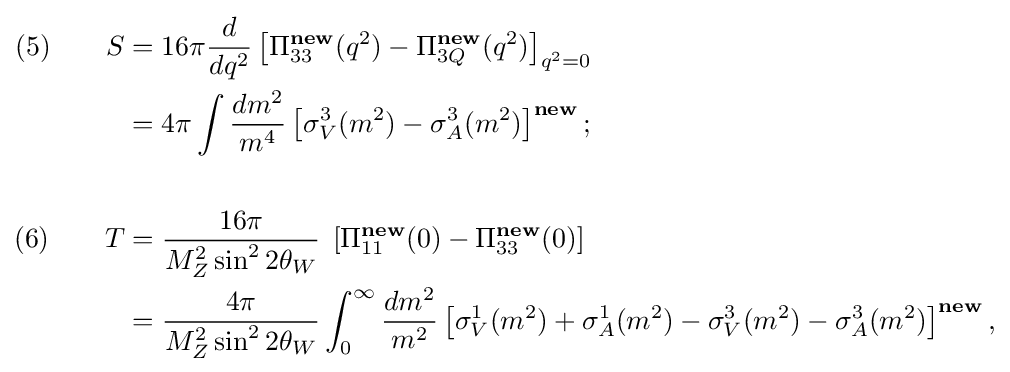
{\begin{aligned}(5)\qquad S&=16\pi {\frac {d}{dq^{2}}}\left[\Pi _{33}^{\mathbf {new} }(q^{2})-\Pi _{3Q}^{\mathbf {new} }(q^{2})\right]_{q^{2}=0}\\&=4\pi \int {\frac {dm^{2}}{m^{4}}}\left[\sigma _{V}^{3}(m^{2})-\sigma _{A}^{3}(m^{2})\right]^{\mathbf {new} };\\\\(6)\qquad T&={\frac {16\pi }{M_{Z}^{2}\sin ^{2}2\theta _{W}}}\;\left[\Pi _{11}^{\mathbf {new} }(0)-\Pi _{33}^{\mathbf {new} }(0)\right]\\&={\frac {4\pi }{M_{Z}^{2}\sin ^{2}2\theta _{W}}}\int _{0}^{\infty }{\frac {dm^{2}}{m^{2}}}\left[\sigma _{V}^{1}(m^{2})+\sigma _{A}^{1}(m^{2})-\sigma _{V}^{3}(m^{2})-\sigma _{A}^{3}(m^{2})\right]^{\mathbf {new} },\end{aligned}}